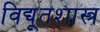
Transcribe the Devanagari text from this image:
विद्यूतशास्त्र